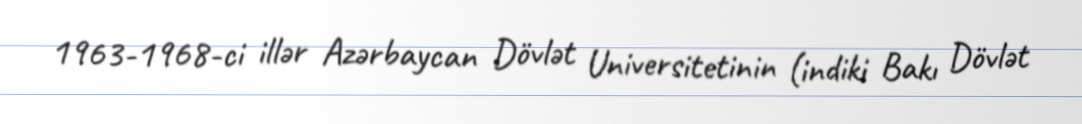
1963-1968-ci illər Azərbaycan Dövlət Universitetinin (indiki Bakı Dövlət